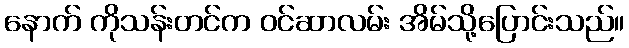
နောက် ကိုသန်းတင်က ဝင်ဆာလမ်း အိမ်သို့ပြောင်းသည်။